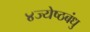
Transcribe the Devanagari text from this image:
४ज्येष्ठबंधु